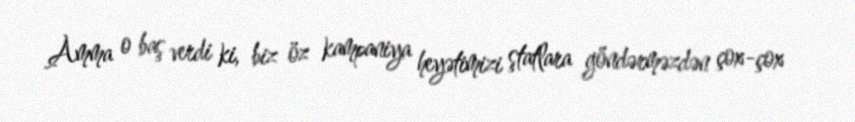
Amma o baş verdi ki, biz öz kampaniya heyətimizi ştatlara göndərməzdən çox-çox